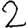
Digit: 2